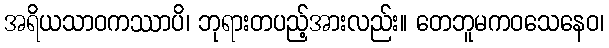
အရိယသာဝကဿာပိ၊ ဘုရားတပည့်အားလည်း။ တေဘူမကဝသေနေဝ၊